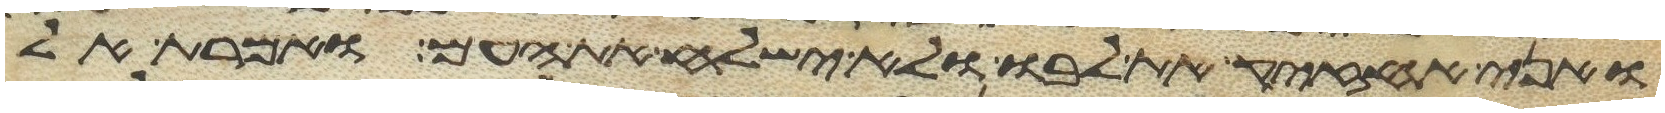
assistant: ואני אחזיק את לבו ולא ישלח את העם ואמרת אל